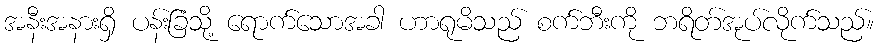
အနီးအနားရှိ ပန်းခြံသို့ ရောက်သောအခါ ဟာရုမိသည် စက်ဘီးကို ဘရိတ်အုပ်လိုက်သည်။